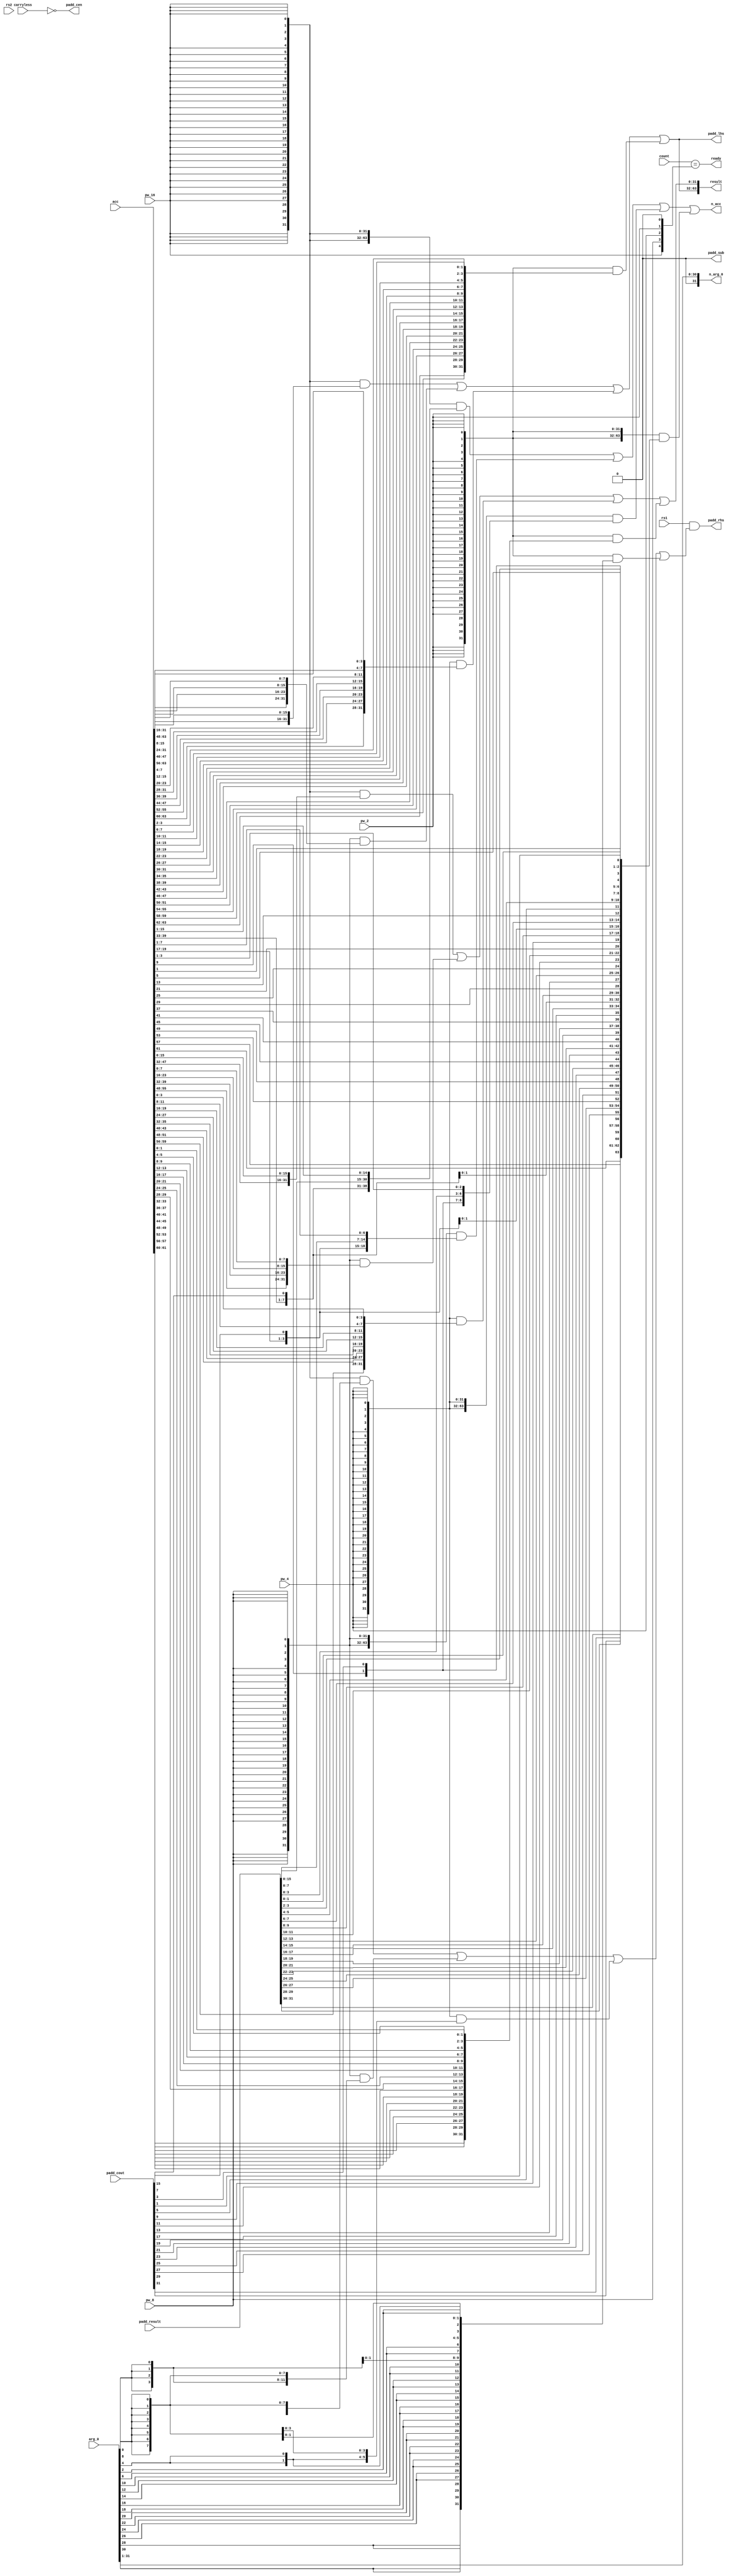

//
// Handles instructions:
//  - pmul
//  - pmulh
//
module xc_malu_pmul (

input  wire [31:0]  rs1             ,
input  wire [31:0]  rs2             ,

input  wire [ 5:0]  count           ,
input  wire [63:0]  acc             ,
input  wire [31:0]  arg_0           ,
input  wire         carryless       ,

input  wire         pw_16           , // 16-bit width packed elements.
input  wire         pw_8            , //  8-bit width packed elements.
input  wire         pw_4            , //  4-bit width packed elements.
input  wire         pw_2            , //  2-bit width packed elements.

output wire [31:0]  padd_lhs        , // Left hand input
output wire [31:0]  padd_rhs        , // Right hand input.
output wire [ 0:0]  padd_sub        , // Subtract if set, else add.
output wire         padd_cen        ,

input       [32:0]  padd_cout       , // Carry bits
input       [31:0]  padd_result     , // Result of the operation

output wire [63:0]  n_acc   ,
output wire [31:0]  n_arg_0         ,

output wire [63:0]  result          ,

output wire         ready        

);

wire [5:0] counter_finish = {1'b0,pw_16,pw_8,pw_4,pw_2,1'b0};

assign n_arg_0   = {1'b0, arg_0[31:1]};

assign ready     = count == counter_finish;

assign padd_cen  = !carryless;

wire add_en_16_0    = arg_0[ 0];
wire add_en_16_1    = arg_0[16];

wire add_en_8_0     = arg_0[ 0];
wire add_en_8_1     = arg_0[ 8];
wire add_en_8_2     = arg_0[16];
wire add_en_8_3     = arg_0[24];

wire add_en_4_0     = arg_0[ 0];
wire add_en_4_1     = arg_0[ 4];
wire add_en_4_2     = arg_0[ 8];
wire add_en_4_3     = arg_0[12];
wire add_en_4_4     = arg_0[16];
wire add_en_4_5     = arg_0[20];
wire add_en_4_6     = arg_0[24];
wire add_en_4_7     = arg_0[28];

wire add_en_2_0     = arg_0[ 0];
wire add_en_2_1     = arg_0[ 2];
wire add_en_2_2     = arg_0[ 4];
wire add_en_2_3     = arg_0[ 6];
wire add_en_2_4     = arg_0[ 8];
wire add_en_2_5     = arg_0[10];
wire add_en_2_6     = arg_0[12];
wire add_en_2_7     = arg_0[14];
wire add_en_2_8     = arg_0[16];
wire add_en_2_9     = arg_0[18];
wire add_en_2_10    = arg_0[20];
wire add_en_2_11    = arg_0[22];
wire add_en_2_12    = arg_0[24];
wire add_en_2_13    = arg_0[26];
wire add_en_2_14    = arg_0[28];
wire add_en_2_15    = arg_0[30];

// Mask for adding 16-bit values
wire [15:0] addm_16_0   = {16{add_en_16_0}};
wire [15:0] addm_16_1   = {16{add_en_16_1}};
wire [31:0] addm_16     = {addm_16_1, addm_16_0};

// Mask for adding 8-bit values
wire [ 7:0] addm_8_0    = {8{add_en_8_0}};
wire [ 7:0] addm_8_1    = {8{add_en_8_1}};
wire [ 7:0] addm_8_2    = {8{add_en_8_2}};
wire [ 7:0] addm_8_3    = {8{add_en_8_3}};
wire [31:0] addm_8      = {addm_8_3, addm_8_2,addm_8_1, addm_8_0};

// Mask for adding 4-bit values
wire [ 3:0] addm_4_0    = {4{add_en_4_0}};
wire [ 3:0] addm_4_1    = {4{add_en_4_1}};
wire [ 3:0] addm_4_2    = {4{add_en_4_2}};
wire [ 3:0] addm_4_3    = {4{add_en_4_3}};
wire [ 3:0] addm_4_4    = {4{add_en_4_4}};
wire [ 3:0] addm_4_5    = {4{add_en_4_5}};
wire [ 3:0] addm_4_6    = {4{add_en_4_6}};
wire [ 3:0] addm_4_7    = {4{add_en_4_7}};
wire [31:0] addm_4      = {addm_4_7, addm_4_6,addm_4_5, addm_4_4,
                           addm_4_3, addm_4_2,addm_4_1, addm_4_0};

// Mask for adding 2-bit values
wire [ 1:0] addm_2_0    = {2{add_en_2_0 }};
wire [ 1:0] addm_2_1    = {2{add_en_2_1 }};
wire [ 1:0] addm_2_2    = {2{add_en_2_2 }};
wire [ 1:0] addm_2_3    = {2{add_en_2_3 }};
wire [ 1:0] addm_2_4    = {2{add_en_2_4 }};
wire [ 1:0] addm_2_5    = {2{add_en_2_5 }};
wire [ 1:0] addm_2_6    = {2{add_en_2_6 }};
wire [ 1:0] addm_2_7    = {2{add_en_2_7 }};
wire [ 1:0] addm_2_8    = {2{add_en_2_8 }};
wire [ 1:0] addm_2_9    = {2{add_en_2_9 }};
wire [ 1:0] addm_2_10   = {2{add_en_2_10}};
wire [ 1:0] addm_2_11   = {2{add_en_2_11}};
wire [ 1:0] addm_2_12   = {2{add_en_2_12}};
wire [ 1:0] addm_2_13   = {2{add_en_2_13}};
wire [ 1:0] addm_2_14   = {2{add_en_2_14}};
wire [ 1:0] addm_2_15   = {2{add_en_2_15}};
wire [31:0] addm_2      = {addm_2_15, addm_2_14, addm_2_13, addm_2_12, 
                           addm_2_11, addm_2_10, addm_2_9 , addm_2_8 ,
                           addm_2_7 , addm_2_6 , addm_2_5 , addm_2_4 ,
                           addm_2_3 , addm_2_2 , addm_2_1 , addm_2_0 };

// Mask for the right hand packed adder input.
wire [31:0] padd_mask   =   {32{pw_16}} & addm_16   |
                            {32{pw_8 }} & addm_8    |
                            {32{pw_4 }} & addm_4    |
                            {32{pw_2 }} & addm_2    ;

// Inputs to the packed adder

wire [31:0] padd_lhs_16 = {acc[63:48], acc[31:16]};

wire [31:0] padd_lhs_8  =
    {acc[63:56], acc[47:40], acc[31:24], acc[15:8]};

wire [31:0] padd_lhs_4  = 
    {acc[63:60], acc[55:52], acc[47:44], acc[39:36], 
     acc[31:28], acc[23:20], acc[15:12], acc[ 7: 4]};

wire [31:0] padd_lhs_2  =
    {acc[63:62], acc[59:58], acc[55:54], acc[51:50], 
     acc[47:46], acc[43:42], acc[39:38], acc[35:34], 
     acc[31:30], acc[27:26], acc[23:22], acc[19:18], 
     acc[15:14], acc[11:10], acc[ 7: 6], acc[ 3: 2]};

assign padd_lhs    = 
    {32{pw_16}} & padd_lhs_16 |
    {32{pw_8 }} & padd_lhs_8  |
    {32{pw_4 }} & padd_lhs_4  |
    {32{pw_2 }} & padd_lhs_2  ;

assign padd_rhs    = rs1 & padd_mask;

assign        padd_sub    = 1'b0;

// Result of the packed addition operation
wire [31:0] cadd_carry  = 32'b0; //

wire [31:0] add_result =  padd_result;
wire [31:0] add_carry  =  padd_cout [31:0] ;

wire [63:0] n_acc_16 = 
                        {add_carry[31],add_result[31:16],acc[47:33], 
                         add_carry[15],add_result[15: 0],acc[15:1 ]};

wire [63:0] n_acc_8  =
                        {add_carry[31],add_result[31:24],acc[55:49], 
                         add_carry[23],add_result[23:16],acc[39:33], 
                         add_carry[15],add_result[15: 8],acc[23:17], 
                         add_carry[ 7],add_result[ 7: 0],acc[ 7: 1]};

wire [63:0] n_acc_4  =
                        {add_carry[31],add_result[31:28],acc[59:57], 
                         add_carry[27],add_result[27:24],acc[51:49], 
                         add_carry[23],add_result[23:20],acc[43:41], 
                         add_carry[19],add_result[19:16],acc[35:33], 
                         add_carry[15],add_result[15:12],acc[27:25], 
                         add_carry[11],add_result[11: 8],acc[19:17], 
                         add_carry[ 7],add_result[ 7: 4],acc[11: 9], 
                         add_carry[ 3],add_result[ 3: 0],acc[ 3: 1]};

wire [63:0] n_acc_2  =
                        {add_carry[31],add_result[31:30],acc[61], 
                         add_carry[29],add_result[29:28],acc[57], 
                         add_carry[27],add_result[27:26],acc[53], 
                         add_carry[25],add_result[25:24],acc[49], 
                         add_carry[23],add_result[23:22],acc[45], 
                         add_carry[21],add_result[21:20],acc[41], 
                         add_carry[19],add_result[19:18],acc[37], 
                         add_carry[17],add_result[17:16],acc[33], 
                         add_carry[15],add_result[15:14],acc[29], 
                         add_carry[13],add_result[13:12],acc[25], 
                         add_carry[11],add_result[11:10],acc[21], 
                         add_carry[ 9],add_result[ 9: 8],acc[17], 
                         add_carry[ 7],add_result[ 7: 6],acc[13], 
                         add_carry[ 5],add_result[ 5: 4],acc[ 9], 
                         add_carry[ 3],add_result[ 3: 2],acc[ 5], 
                         add_carry[ 1],add_result[ 1: 0],acc[ 1]};

assign n_acc = 
    {64{pw_16}} & n_acc_16 |
    {64{pw_8 }} & n_acc_8  |
    {64{pw_4 }} & n_acc_4  |
    {64{pw_2 }} & n_acc_2  ;


wire [31:0]  pmul_result_0_16 = {acc[32+:16],acc[0 +:16]};
wire [31:0]  pmul_result_1_16 = {acc[48+:16],acc[16+:16]};

wire [31:0]  pmul_result_0_8  = {acc[48+: 8],acc[32+: 8],
                                 acc[16+: 8],acc[0 +: 8]};

wire [31:0]  pmul_result_1_8  = {acc[56+: 8],acc[40+: 8],
                                 acc[24+: 8],acc[ 8+: 8]};

wire [31:0]  pmul_result_0_4  = {acc[56+: 4],acc[48+: 4],
                                 acc[40+: 4],acc[32+: 4],
                                 acc[24+: 4],acc[16+: 4],
                                 acc[ 8+: 4],acc[ 0+: 4]};
wire [31:0]  pmul_result_1_4  = {acc[60+: 4],acc[52+: 4],
                                 acc[44+: 4],acc[36+: 4],
                                 acc[28+: 4],acc[20+: 4],
                                 acc[12+: 4],acc[ 4+: 4]};

wire [31:0]  pmul_result_0_2  = {acc[60+: 2],acc[56+: 2],
                                 acc[52+: 2],acc[48+: 2],
                                 acc[44+: 2],acc[40+: 2],
                                 acc[36+: 2],acc[32+: 2],
                                 acc[28+: 2],acc[24+: 2],
                                 acc[20+: 2],acc[16+: 2],
                                 acc[12+: 2],acc[ 8+: 2],
                                 acc[ 4+: 2],acc[ 0+: 2]};
wire [31:0]  pmul_result_1_2  = {acc[62+: 2],acc[58+: 2],
                                 acc[54+: 2],acc[50+: 2],
                                 acc[46+: 2],acc[42+: 2],
                                 acc[38+: 2],acc[34+: 2],
                                 acc[30+: 2],acc[26+: 2],
                                 acc[22+: 2],acc[18+: 2],
                                 acc[14+: 2],acc[10+: 2],
                                 acc[ 6+: 2],acc[ 2+: 2]};

wire [31:0] pmul_result_0     = {32{pw_16}} & pmul_result_0_16 |
                                {32{pw_8 }} & pmul_result_0_8  |
                                {32{pw_4 }} & pmul_result_0_4  |
                                {32{pw_2 }} & pmul_result_0_2  ;

wire [31:0] pmul_result_1     = {32{pw_16}} & pmul_result_1_16 |
                                {32{pw_8 }} & pmul_result_1_8  |
                                {32{pw_4 }} & pmul_result_1_4  |
                                {32{pw_2 }} & pmul_result_1_2  ;

assign result = {pmul_result_1, pmul_result_0};

endmodule